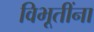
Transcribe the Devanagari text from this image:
विभूतींना